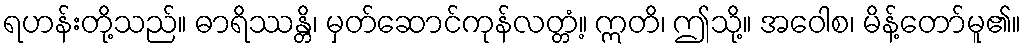
ရဟန်းတို့သည်။ ဓာရိဿန္တိ၊ မှတ်ဆောင်ကုန်လတ္တံ့။ ဣတိ၊ ဤသို့။ အဝေါစ၊ မိန့်တော်မူ၏။